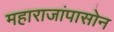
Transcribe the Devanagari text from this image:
महाराजांपासोन